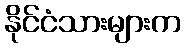
နိုင်ငံသားများက